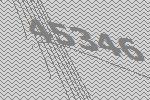
45346